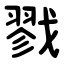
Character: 戮